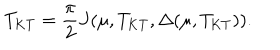
LaTeX: T _ { \mathrm { K T } } = \frac { \pi } { 2 } J ( \mu , T _ { \mathrm { K T } } , \Delta ( \mu , T _ { \mathrm { K T } } ) ) .